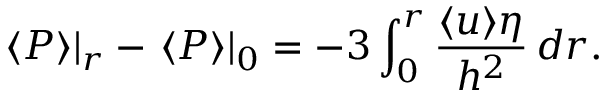
\left. \langle P \rangle \right| _ { r } - \left. \langle P \rangle \right| _ { 0 } = - 3 \int _ { 0 } ^ { r } \frac { \langle u \rangle \eta } { h ^ { 2 } } \, d r .